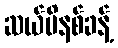
ဆယ်မိနစ်ခန့်